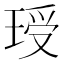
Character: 𮴣